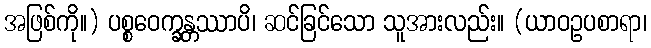
အဖြစ်ကို။) ပစ္စဝေက္ခန္တဿာပိ၊ ဆင်ခြင်သော သူအားလည်း။ (ယာဝဥပစာရာ၊